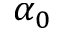
\alpha _ { 0 }